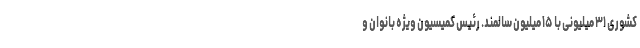
کشوری ۳۱ میلیونی با ۱۵ میلیون سالمند. رئیس کمیسیون ویژه بانوان و